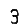
Digit: 3